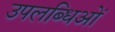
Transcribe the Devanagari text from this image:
उपलब्धिओं